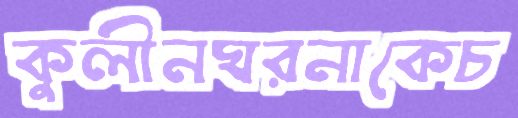
কুলীনঘরনাকেচ